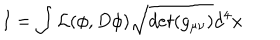
LaTeX: I = \int { \cal L } ( \phi , D \phi ) \sqrt { d e t ( g _ { \mu \nu } ) } d ^ { 4 } x